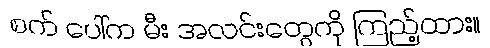
စက် ပေါ်က မီး အလင်းတွေကို ကြည့်ထား။